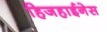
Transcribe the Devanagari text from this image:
हिजहाईनेस